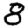
Digit: 8